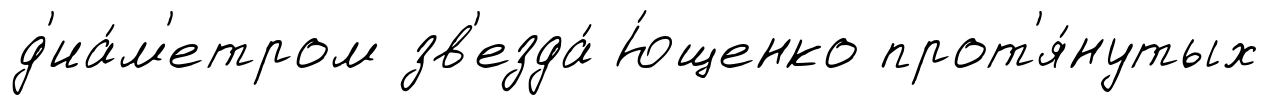
д'иа́м'етром зв'езда́ Ю́щенко прот'я́нутых